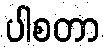
ပါစတာ